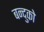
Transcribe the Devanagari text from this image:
बन्दुको